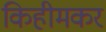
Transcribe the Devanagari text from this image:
किहीमकर